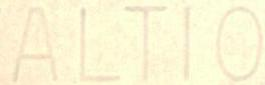
ALTIO